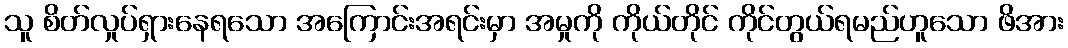
သူ စိတ်လှုပ်ရှားနေရသော အကြောင်းအရင်းမှာ အမှုကို ကိုယ်တိုင် ကိုင်တွယ်ရမည်ဟူသော ဖိအား